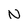
Character: N